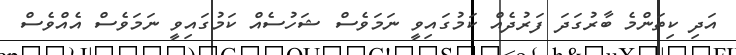
އަދި ކިތަންމެ ބާރުގަދަ ފަރުދެއް ކަމުގައިވީ ނަމަވެސް ޝަހުސެއް ކަމުގައިވީ ނަމަވެސް އެއްވެސް